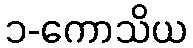
၁-ကောသိယ